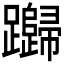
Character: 𰸸